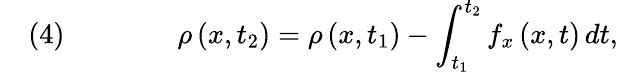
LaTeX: \quad(4)\qquad\qquad\rho\left(x,t_{2}\right)=\rho\left(x,t_{1}\right)-\int_{t_{1}}^{t_{2}}f_{x}\left(x,t\right)\, dt,